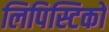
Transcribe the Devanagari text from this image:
लिपिस्टिकों